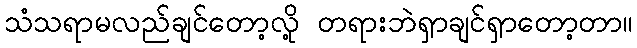
သံသရာမလည်ချင်တော့လို့ တရားဘဲရှာချင်ရှာတော့တာ။